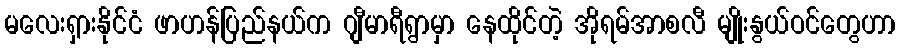
မလေးရှားနိုင်ငံ ဖာဟန်ပြည်နယ်က ဂျီမာရီရွာမှာ နေထိုင်တဲ့ အိုရမ်အာစလီ မျိုးနွယ်ဝင်တွေဟာ